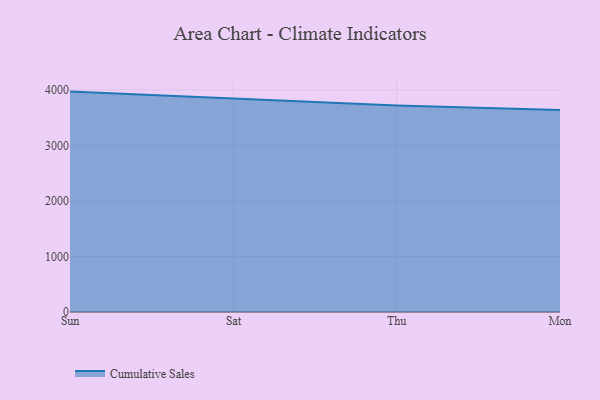
{"axis": {"x": "Day", "y": "Waste Production (Tons)"}, "legend": ["Cumulative Sales"], "data": [{"x": "Sun", "y": 3967.7, "type": "Cumulative Sales"}, {"x": "Sat", "y": 3846.8, "type": "Cumulative Sales"}, {"x": "Thu", "y": 3716.2, "type": "Cumulative Sales"}, {"x": "Mon", "y": 3634.5, "type": "Cumulative Sales"}]}